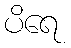
ပိရေ